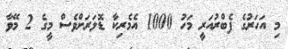
މި އަހަރުގެ ފެބްރުއަރީ މަހު 1000 އެމެރިކާ ޑޮލަރަށްވެސް މީގެ 2 މޭވާ